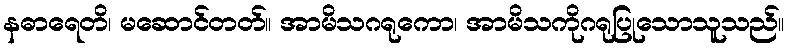
နဓာရေတိ၊ မဆောင်တတ်။ အာမိသဂရုကော၊ အာမိသကိုဂရုပြုသောသူသည်။